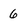
Character: 6